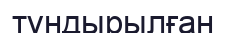
тұндырылған